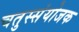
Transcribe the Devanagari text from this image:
चतुस्संयोजक